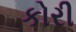
કોરી